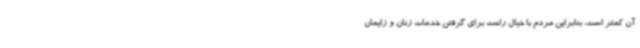
آن کمتر است، بنابراین مردم با خیال راحت برای گرفتن خدمات زنان و زایمان